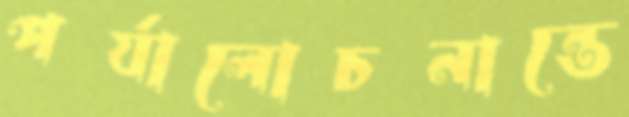
পর্যালোচনান্তে